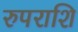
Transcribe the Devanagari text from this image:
रुपराशि